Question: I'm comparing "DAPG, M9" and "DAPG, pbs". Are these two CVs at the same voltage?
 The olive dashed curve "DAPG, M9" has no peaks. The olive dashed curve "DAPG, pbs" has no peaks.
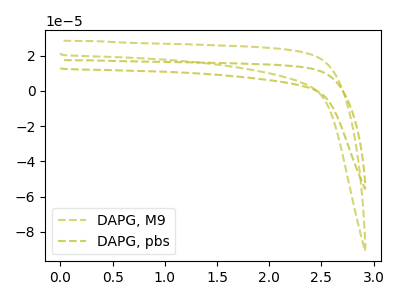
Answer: <think>Neither "DAPG, M9" or "DAPG, pbs" have any peaks.
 </think>
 <answer>"DAPG, M9" and "DAPG, pbs" are similar in shape.</answer>
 <eval>same_shape</eval>